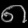
Digit: ၈